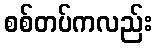
စစ်တပ်ကလည်း